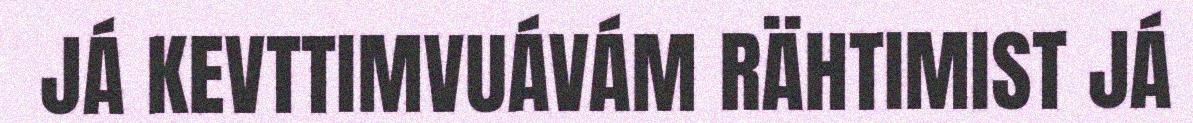
JÁ KEVTTIMVUÁVÁM RÄHTIMIST JÁ